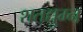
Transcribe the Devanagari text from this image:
शतद्युम्न